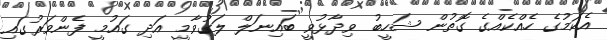
އެކަމުގެ ހެއްކެއްގެ ގޮތުން ޝަހީބު ވިދާޅުވީ ބައިނަލް ލަގުވާމީ އަދި ގައުމީ ފެންވަރުގައި